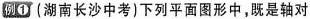
例① (湖南长沙中考)下列平面图形中，既是轴对